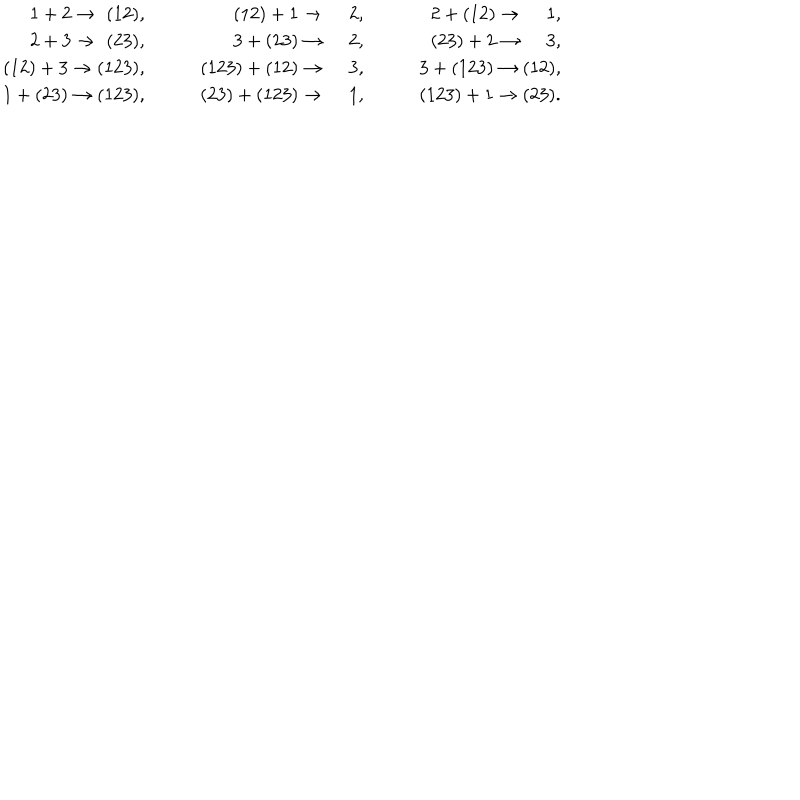
\begin{array} { r r r } { { 1 + 2 \rightarrow \, \, ( 1 2 ) , \qquad } } & { { ( 1 2 ) + 1 \rightarrow \quad \, 2 , \qquad } } & { { 2 + ( 1 2 ) \rightarrow \quad \, 1 , \qquad } } \\ { { 2 + 3 \rightarrow \, \, ( 2 3 ) , \qquad } } & { { 3 + ( 2 3 ) \rightarrow \quad \, 2 , \qquad } } & { { ( 2 3 ) + 2 \rightarrow \quad \, 3 , \qquad } } \\ { { ( 1 2 ) + 3 \rightarrow ( 1 2 3 ) , \qquad } } & { { ( 1 2 3 ) + ( 1 2 ) \rightarrow \quad \, 3 , \qquad } } & { { 3 + ( 1 2 3 ) \rightarrow ( 1 2 ) , \qquad } } \\ { { 1 + ( 2 3 ) \rightarrow ( 1 2 3 ) , \qquad } } & { { ( 2 3 ) + ( 1 2 3 ) \rightarrow \quad \, 1 , \qquad } } & { { ( 1 2 3 ) + 1 \rightarrow ( 2 3 ) . \qquad } } \\ \end{array}